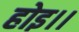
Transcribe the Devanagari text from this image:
होइ।।